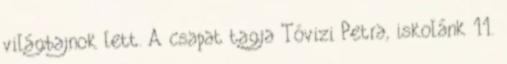
világbajnok lett. A csapat tagja Tóvizi Petra, iskolánk 11.